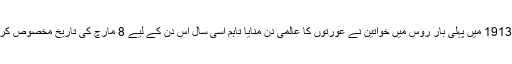
فروری 1913 میں پہلی بار روس میں خواتین نے عورتوں کا عالمی دن منایا تاہم اسی سال اس دن کے لیے 8 مارچ کی تاریخ مخصوص کردی گئی۔